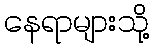
နေရာများသို့